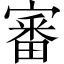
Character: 審